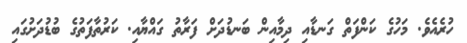
ހުރެއެވެ. މަހުގެ ކަންފަތް ގަނޑާއި ދިމާއިން ބަނޑުދަށް ފަރާތު ގައްޔާއި. ކަރުތާފަތުގެ ބުޑުދަށުގައި